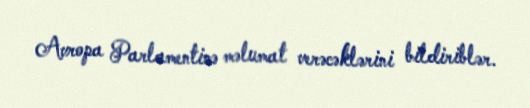
Avropa Parlamentinə məlumat verəcəklərini bildiriblər.